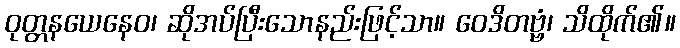
ဝုတ္တနယေနေဝ၊ ဆိုအပ်ပြီးသောနည်းဖြင့်သာ။ ဝေဒိတဗ္ဗံ၊ သိထိုက်၏။